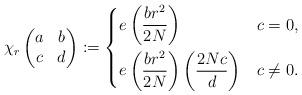
LaTeX: \begin{align*}\chi_r\begin{pmatrix}a&b\\c&d\end{pmatrix}:=\begin{dcases}e\left(\frac{br^2}{2N}\right) &c=0,\\e\left(\frac{br^2}{2N}\right)\left(\frac {2Nc}d\right)& c\neq0.\end{dcases}\end{align*}